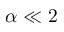
\alpha \ll 2